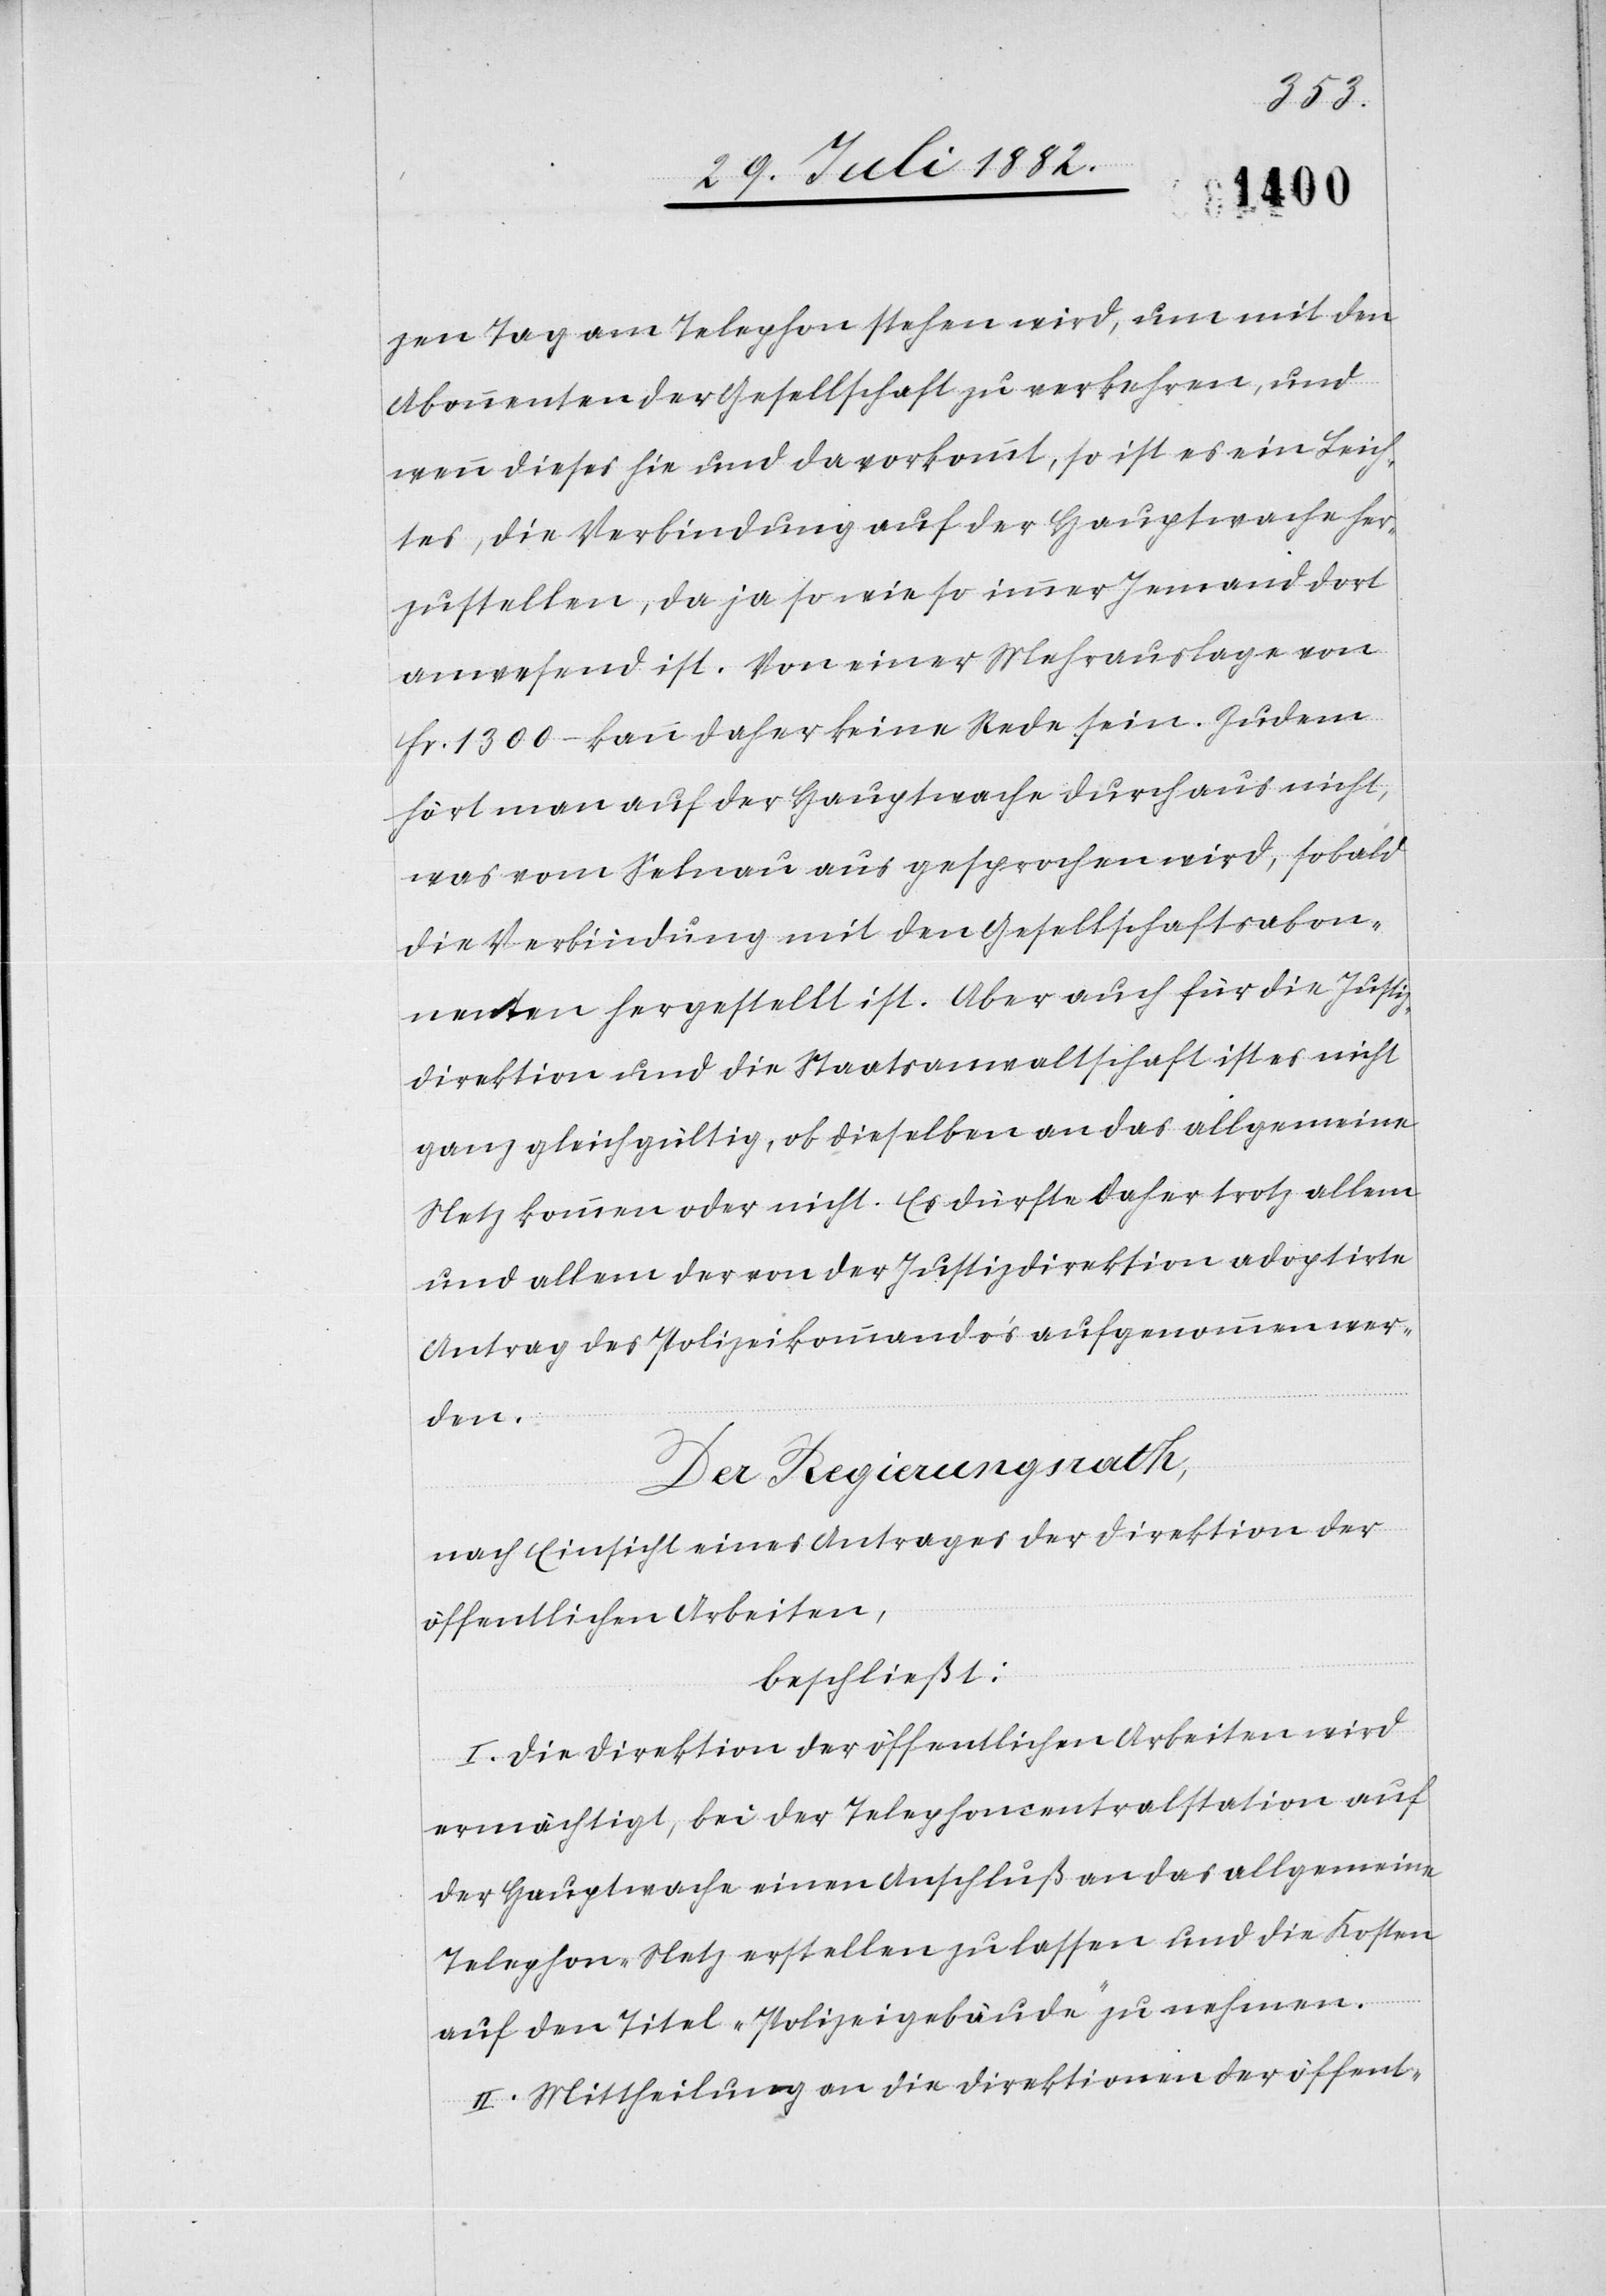
zen Tag am Telephon stehen wird, um mit den
Abonnenten der Gesellschaft zu verkehren, und
wenn dieses hie und da vorkommt, so ist es ein Leich¬
tes, die Verbindung auf der Hauptwache her¬
zustellen, da ja sowieso immer Jemand dort
anwesend ist. Von einer Mehrausgabe von
Fr. 1300.– kann daher keine Rede sein. Zudem
hört man auf der Hauptwache durchaus nicht,
was vom Selnau aus gesprochen wird, sobald
die Verbindung mit den Gesellschaftsabon¬
nenten hergestellt ist. Aber auch für die Justiz¬
direktion und die Staatsanwaltschaft ist es nicht
ganz gleichgültig, ob dieselben an das allgemeine
Netz kommen oder nicht. Es dürfte daher trotz allem
und allem der von der Justizdirektion adoptirte
Antrag des Polizeikommando aufgenommen wer¬
den.
Der Regierungsrath,
nach Einsicht eines Antrages der Direktion der
öffentlichen Arbeiten,
beschließt:
I. Die Direktion der öffentlichen Arbeiten wird
ermächtigt, bei der Telephoncentralstation auf
der Hauptwache einen Anschluß an das allgemeine
Telephon-Netz erstellen zu lassen und die Kosten
auf den Titel „Polizeigebäude“ zu nehmen.
II. Mittheilung an die Direktionen der öffent-